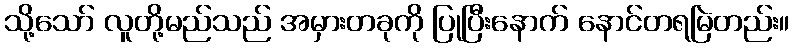
သို့သော် လူတို့မည်သည် အမှားတခုကို ပြုပြီးနောက် နောင်တရမြဲတည်း။